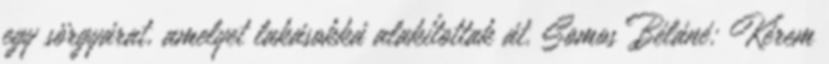
egy sörgyárat, amelyet lakásokká alakítottak át. Somos Béláné: Kérem